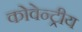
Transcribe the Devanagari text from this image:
कोवेन्ट्रीय